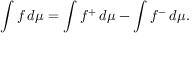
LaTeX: \int f \, d \mu = \int f ^ { + } \, d \mu - \int f ^ { - } \, d \mu .